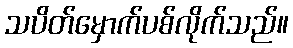
သပိတ်မှောက်ပစ်လိုက်သည်။